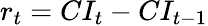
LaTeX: r_{t}=CI_{t}-CI_{t-1}